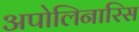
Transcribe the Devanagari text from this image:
अपोलिनारिस